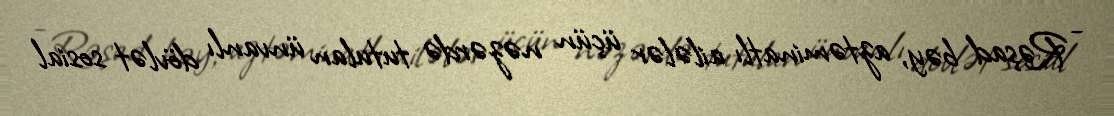
- Rəşad bəy, aztəminatlı ailələr üçün nəzərdə tutulan ünvanlı dövlət sosial